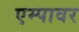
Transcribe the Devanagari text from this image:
एम्पावर